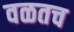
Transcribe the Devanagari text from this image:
वळतच